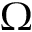
\Omega